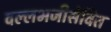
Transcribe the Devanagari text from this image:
वल्लभजीसेवित